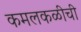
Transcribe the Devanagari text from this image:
कमलकळीची